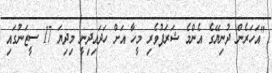
"އަހަރެން ދުނިޔޭގެ އެންމެ ޝަރަފުވެރި މީހާ އަށް ހަދައިދިނީ މިދިޔަ 17 ސީޒަނުގައި